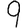
Digit: 9